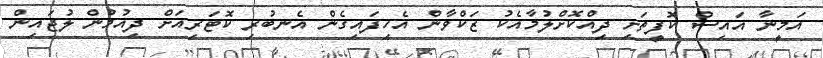
އަމީނާ އައިސް ކޮފީތަށި ދިއްކޮށްލުމާއެކު ޒަކްވާން އެހިފައިގެން އެނބުރި ކޮޓަރިއަށް ދިއުމުން ލުޖައިން